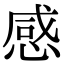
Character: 感